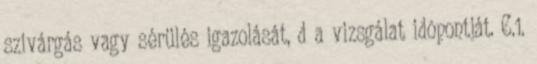
szivárgás vagy sérülés igazolását, d a vizsgálat idõpontját. C.1.